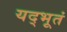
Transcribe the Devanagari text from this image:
यद्भूतं